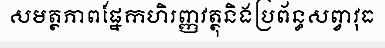
សមត្ថភាពផ្នែកហិរញ្ញវត្ថុនិងប្រព័ន្ធសព្វាវុធ